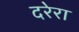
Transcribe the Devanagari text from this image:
दरेरा